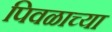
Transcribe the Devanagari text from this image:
पिवळाच्या